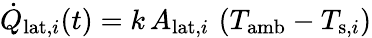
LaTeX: \dot{Q}_{\mathrm{lat},i}(t)=k\, A_{\mathrm{lat},i}\, \left(T_{\mathrm{amb}}-T_{\mathrm{s},i}\right)